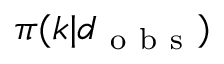
\pi ( \boldsymbol { k } | \boldsymbol { d } _ { \mathrm { ~ o ~ b ~ s ~ } } )